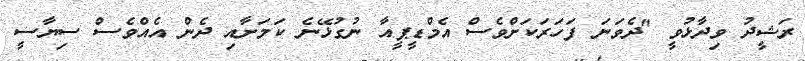
ރަޝީދު ވިދާޅުވީ "ދެވަނަ ފަހަރަކަށްވެސް އެމްޑީޕީއާ ނުގުޅޭނެ ކަމަށާއި ދެން އެއްވެސް ސިޔާސީ